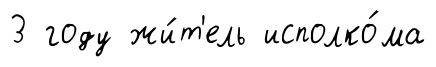
3 году жи́т'ель исполко́ма